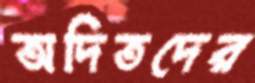
অদিতদের